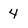
Character: 4